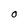
Character: 0